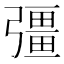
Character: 彊